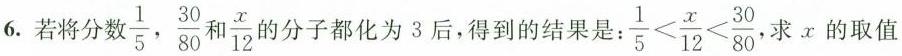
6.若将分数\frac{1}{5}，\frac{30}{80}和\frac{x}{12}勺分子都化为3后，得到的结果是:$$\frac{1}{5}< \frac{x}{12}< \frac{30}{80}$$，求x的取值